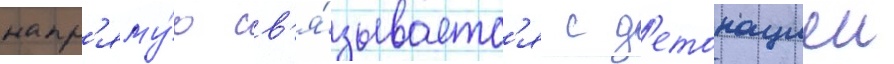
напр'яму́ю св'я́зываетс'я с д'етонациеи